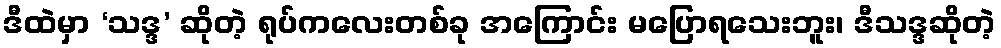
ဒီထဲမှာ ‘သဒ္ဒ’ ဆိုတဲ့ ရုပ်ကလေးတစ်ခု အကြောင်း မပြောရသေးဘူး၊ ဒီသဒ္ဒဆိုတဲ့